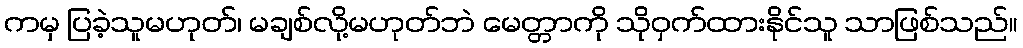
ကမှ ပြခဲ့သူမဟုတ်၊ မချစ်လို့မဟုတ်ဘဲ မေတ္တာကို သိုဝှက်ထားနိုင်သူ သာဖြစ်သည်။